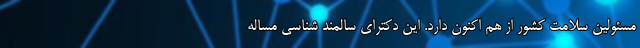
مسئولین سلامت کشور از هم اکنون دارد. این دکترای سالمند شناسی مساله